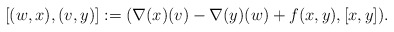
\begin{align*}& [(w,x),(v,y)]:=(\nabla(x)(v)-\nabla(y)(w)+f(x,y), [x,y]) .\end{align*}